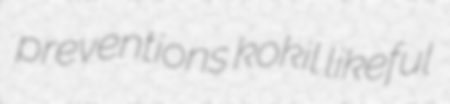
preventions kokil likeful